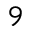
^ { 9 }